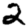
Digit: 2